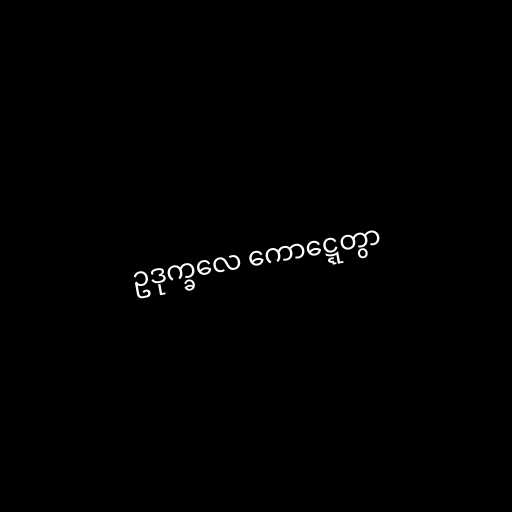
ဥဒုက္ခလေ ကောဋ္ဋေတွာ